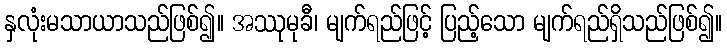
နှလုံးမသာယာသည်ဖြစ်၍။ အဿုမုခီ၊ မျက်ရည်ဖြင့် ပြည့်သော မျက်ရည်ရှိသည်ဖြစ်၍။